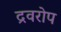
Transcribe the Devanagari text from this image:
द्रवरोप